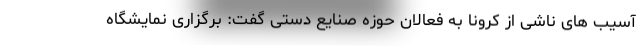
آسیب های ناشی از کرونا به فعالان حوزه صنایع دستی گفت: برگزاری نمایشگاه